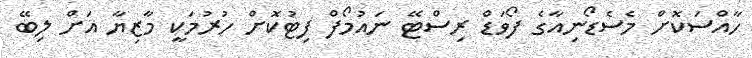
ހާއްސަކޮށް މެސެޑޯނިއާގެ ފޯވަޑް ރިސްޓޭ ނައުމޯފް ފިޓުކޮށް ހުރުމަކީ މާޒިޔާ އަށް ލިބޭ